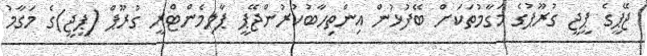
ޖޭޕީގެ ޕީޖީ ގުރޫޕުގެ މަގާމުތަކަށް ބޭފުޅުން އިންތިހާބުކުރުންޖޭޕީ ޕާލިމެންޓްރީ ގުރޫޕް (ޕީޖީ)ގެ މަގާމު